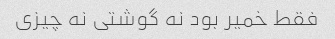
فقط خمیر بود نه گوشتی نه چیزی